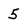
Character: 5